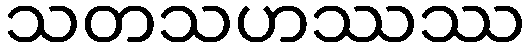
သတသဟဿဿ